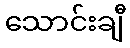
သောင်းချီ